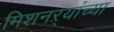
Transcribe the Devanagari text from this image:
मिशनऱ्यांच्या